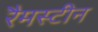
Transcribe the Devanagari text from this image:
रैमस्टीन